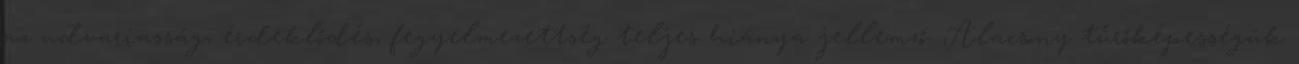
az udvariasság, érdeklődés, fegyelmezettség teljes hiánya jellemző. Alacsony tűrőképességük